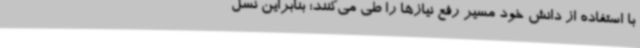
با استفاده از دانش خود مسیر رفع نیازها را طی می‌کنند؛ بنابراین نسل